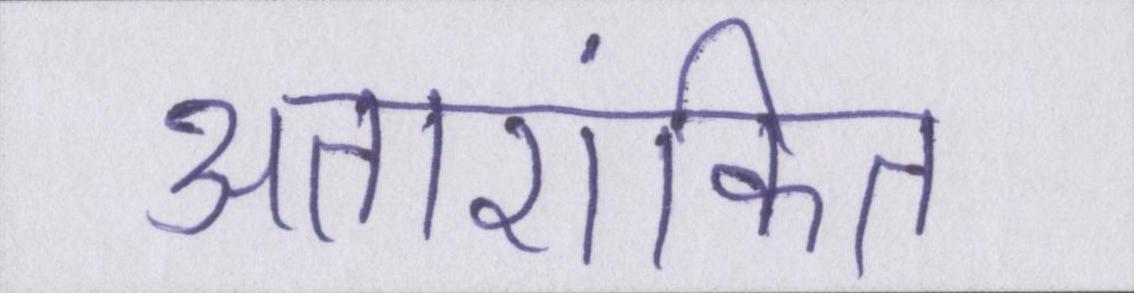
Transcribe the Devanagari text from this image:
अतारांकित